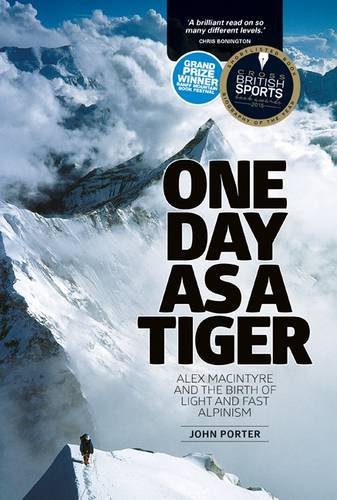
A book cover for One Day as a Tiger: Alex Macintyre and the Birth of Light and Fast Alpinism; John Porter; Science & Math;